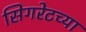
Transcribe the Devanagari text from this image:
सिगरेटच्या